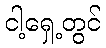
ငါ့ရှေ့တွင်